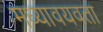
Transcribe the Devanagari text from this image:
मध्यावयवता